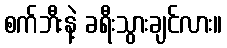
စက်ဘီးနဲ့ ခရီးသွားချင်လား။